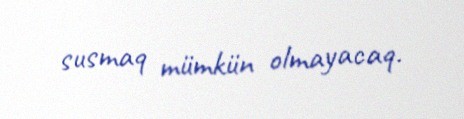
susmaq mümkün olmayacaq.